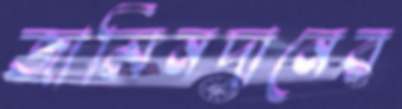
জামিনদানের